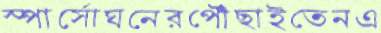
স্পার্সোঘনেরপৌঁছাইতেনএ